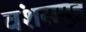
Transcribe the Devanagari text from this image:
वंशसमूह